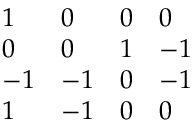
\begin{array} { l l l l } { { 1 } } & { { 0 } } & { { 0 } } & { { 0 } } \\ { { 0 } } & { { 0 } } & { { 1 } } & { { - 1 } } \\ { { - 1 } } & { { - 1 } } & { { 0 } } & { { - 1 } } \\ { { 1 } } & { { - 1 } } & { { 0 } } & { { 0 } } \end{array}